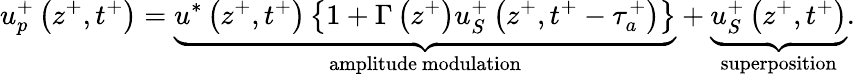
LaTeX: u_{p}^{+}\left(z^{+},t^{+}\right)=\underbrace{u^{*}\left(z^{+},t^{+}\right)\left\{ 1+\Gamma\left(z^{+}\right)u_{S}^{+}\left(z^{+},t^{+}-\tau_{a}^{+}\right)\right\} }_{\mathrm{amplitude~modulation}}+\underbrace{u_{S}^{+}\left(z^{+},t^{+}\right)}_{\mathrm{superposition}}.